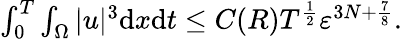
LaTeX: \begin{array}{r}{\int_{0}^{T}\int_{\Omega}|u|^{3}\mathrm{d}x\mathrm{d}t\leq C(R)T^{\frac{1}{2}}\varepsilon^{3N+\frac{7}{8}}.}\end{array}